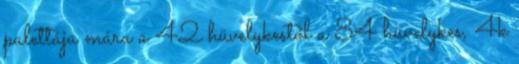
palettája mára a 42 hüvelykestől a 84 hüvelykes, 4k